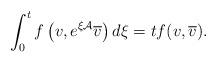
LaTeX: \begin{align*} \int_0^t f \left( v, e^{\xi \mathcal{A}} \overline v \right)d \xi = t f(v,\overline v).\end{align*}